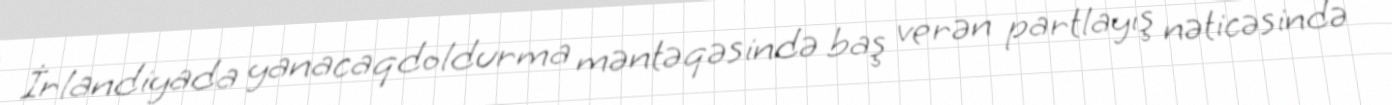
İrlandiyada yanacaqdoldurma məntəqəsində baş verən partlayış nəticəsində